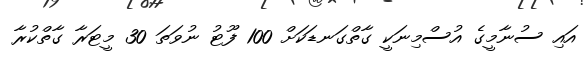
އައި ސުނާމީގެ އުސްމިނަކީ ގާތްގަނޑަކަށް 100 ފޫޓު ނުވަތަ 30 މީޓަރާ ގާތްކުރާ